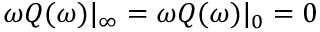
\omega Q ( \omega ) | _ { \infty } = \omega Q ( \omega ) | _ { 0 } = 0